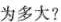
为多大?